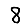
Digit: 8